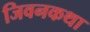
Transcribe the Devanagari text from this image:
जिवनकथा